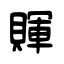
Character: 賱